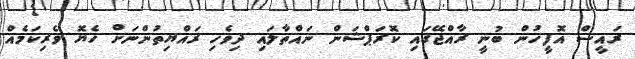
ރައީސް އޮފީހުން ބުނީ ރާއްޖޭގައި ކޮރަޕްޝަން ނައްތާލައި ދިވެހި ރައްޔިތުންނަށް ހެޔޮ ވެރިކަމެއް